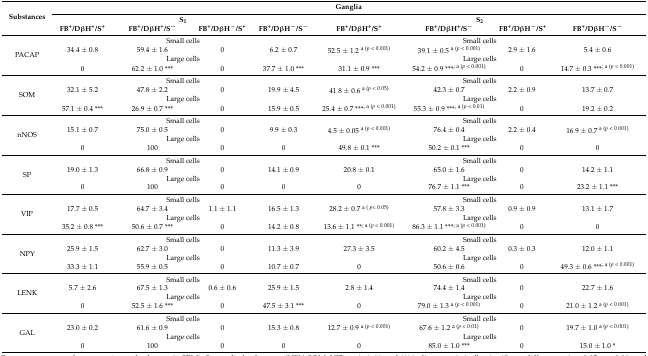
<table><thead><tr><td rowspan="3"><b>Substances</b></td><td colspan="8"><b>Ganglia</b></td></tr><tr><td colspan="4"><b>S<sub>1</sub></b></td><td colspan="4"><b>S<sub>2</sub></b></td></tr><tr><td><b>FB<sup>+</sup>/DβH<sup>+</sup>/S<sup>+</sup></b></td><td><b>FB<sup>+</sup>/DβH<sup>+</sup>/S<sup>−</sup></b></td><td><b>FB<sup>+</sup>/DβH<sup>−</sup>/S<sup>+</sup></b></td><td><b>FB<sup>+</sup>/DβH<sup>−</sup>/S<sup>−</sup></b></td><td><b>FB<sup>+</sup>/DβH<sup>+</sup>/S<sup>+</sup></b></td><td><b>FB<sup>+</sup>/DβH<sup>+</sup>/S<sup>−</sup></b></td><td><b>FB<sup>+</sup>/DβH<sup>−</sup>/S<sup>+</sup></b></td><td><b>FB<sup>+</sup>/DβH<sup>−</sup>/S<sup>−</sup></b></td></tr></thead><tbody><tr><td rowspan="4">PACAP</td><td colspan="4">Small cells</td><td colspan="4">Small cells</td></tr><tr><td>34.4 ± 0.8</td><td>59.4 ± 1.6</td><td>0</td><td>6.2 ± 0.7</td><td>52.5 ± 1.2 <sup>a (<i>p</i> &lt; 0.001)</sup></td><td>39.1 ± 0.5 <sup>a (<i>p</i> &lt; 0.001)</sup></td><td>2.9 ± 1.6</td><td>5.4 ± 0.6</td></tr><tr><td colspan="4">Large cells</td><td colspan="4">Large cells</td></tr><tr><td>0</td><td>62.2 ± 1.0 ***</td><td>0</td><td>37.7 ± 1.0 ***</td><td>31.1 ± 0.9 ***</td><td>54.2 ± 0.9 ***<sup>; a (<i>p</i> &lt; 0.001)</sup></td><td>0</td><td>14.7 ± 0.3 ***<sup>; a (<i>p</i> &lt; 0.001)</sup></td></tr><tr><td rowspan="4">SOM</td><td colspan="4">Small cells</td><td colspan="4">Small cells</td></tr><tr><td>32.1 ± 5.2</td><td>47.8 ± 2.2</td><td>0</td><td>19.9 ± 4.5</td><td>41.8 ± 0.6 <sup>a (<i>p</i> &lt; 0.05)</sup></td><td>42.3 ± 0.7</td><td>2.2 ± 0.9</td><td>13.7 ± 0.7</td></tr><tr><td colspan="4">Large cells</td><td colspan="4">Large cells</td></tr><tr><td>57.1 ± 0.4 ***</td><td>26.9 ± 0.7 ***</td><td>0</td><td>15.9 ± 0.5</td><td>25.4 ± 0.7 ***<sup>; a (<i>p</i> &lt; 0.001)</sup></td><td>55.3 ± 0.9 ***<sup>; a (<i>p</i> &lt; 0.01)</sup></td><td>0</td><td>19.2 ± 0.2</td></tr><tr><td rowspan="4">nNOS</td><td colspan="4">Small cells</td><td colspan="4">Small cells</td></tr><tr><td>15.1 ± 0.7</td><td>75.0 ± 0.5</td><td>0</td><td>9.9 ± 0.3</td><td>4.5 ± 0.05 <sup>a (<i>p</i> &lt; 0.001)</sup></td><td>76.4 ± 0.4</td><td>2.2 ± 0.4</td><td>16.9 ± 0.7 <sup>a (<i>p</i> &lt; 0.001)</sup></td></tr><tr><td colspan="4">Large cells</td><td colspan="4">Large cells</td></tr><tr><td>0</td><td>100</td><td>0</td><td>0</td><td>49.8 ± 0.1 ***</td><td>50.2 ± 0.1 ***</td><td>0</td><td>0</td></tr><tr><td rowspan="4">SP</td><td colspan="4">Small cells</td><td colspan="4">Small cells</td></tr><tr><td>19.0 ± 1.3</td><td>66.8 ± 0.9</td><td>0</td><td>14.1 ± 0.9</td><td>20.8 ± 0.1</td><td>65.0 ± 1.6</td><td>0</td><td>14.2 ± 1.1</td></tr><tr><td colspan="4">Large cells</td><td colspan="4">Large cells</td></tr><tr><td>0</td><td>100</td><td>0</td><td>0</td><td>0</td><td>76.7 ± 1.1 ***</td><td>0</td><td>23.2 ± 1.1 ***</td></tr><tr><td rowspan="4">VIP</td><td colspan="4">Small cells</td><td colspan="4">Small cells</td></tr><tr><td>17.7 ± 0.5</td><td>64.7 ± 3.4</td><td>1.1 ± 1.1</td><td>16.5 ± 1.3</td><td>28.2 ± 0.7 <sup>a ( <i>p</i>&lt; 0.05)</sup></td><td>57.8 ± 3.3</td><td>0.9 ± 0.9</td><td>13.1 ± 1.7</td></tr><tr><td colspan="4">Large cells</td><td colspan="4">Large cells</td></tr><tr><td>35.2 ± 0.8 ***</td><td>50.6 ± 0.7 ***</td><td>0</td><td>14.2 ± 0.8</td><td>13.6 ± 1.1 **<sup>; a (<i>p</i> &lt; 0.001)</sup></td><td>86.3 ± 1.1 ***<sup>; a (<i>p</i> &lt; 0.001)</sup></td><td>0</td><td>0</td></tr><tr><td rowspan="4">NPY</td><td colspan="4">Small cells</td><td colspan="4">Small cells</td></tr><tr><td>25.9 ± 1.5</td><td>62.7 ± 3.0</td><td>0</td><td>11.3 ± 3.9</td><td>27.3 ± 3.5</td><td>60.2 ± 4.5</td><td>0.3 ± 0.3</td><td>12.0 ± 1.1</td></tr><tr><td colspan="4">Large cells</td><td colspan="4">Large cells</td></tr><tr><td>33.3 ± 1.1</td><td>55.9 ± 0.5</td><td>0</td><td>10.7 ± 0.7</td><td>0</td><td>50.6 ± 0.6</td><td>0</td><td>49.3 ± 0.6 ***<sup>; a (<i>p</i> &lt; 0.001)</sup></td></tr><tr><td rowspan="4">LENK</td><td colspan="4">Small cells</td><td colspan="4">Small cells</td></tr><tr><td>5.7 ± 2.6</td><td>67.5 ± 1.3</td><td>0.6 ± 0.6</td><td>25.9 ± 1.5</td><td>2.8 ± 1.4</td><td>74.4 ± 1.4</td><td>0</td><td>22.7 ± 1.6</td></tr><tr><td colspan="4">Large cells</td><td colspan="4">Large cells</td></tr><tr><td>0</td><td>52.5 ± 1.6 ***</td><td>0</td><td>47.5 ± 3.1 ***</td><td>0</td><td>79.0 ± 1.3 <sup>a (<i>p</i> &lt; 0.001)</sup></td><td>0</td><td>21.0 ± 1.2 <sup>a (<i>p</i> &lt; 0.001)</sup></td></tr><tr><td rowspan="4">GAL</td><td colspan="4">Small cells</td><td colspan="4">Small cells</td></tr><tr><td>23.0 ± 0.2</td><td>61.6 ± 0.9</td><td>0</td><td>15.3 ± 0.8</td><td>12.7 ± 0.9 <sup>a (<i>p</i> &lt; 0.001)</sup></td><td>67.6 ± 1.2 <sup>a (<i>p</i> &lt; 0.01)</sup></td><td>0</td><td>19.7 ± 1.0 <sup>a (<i>p</i> &lt; 0.001)</sup></td></tr><tr><td colspan="4">Large cells</td><td colspan="4">Large cells</td></tr><tr><td>0</td><td>100</td><td>0</td><td>0</td><td>0</td><td>85.0 ± 1.0 ***</td><td>0</td><td>15.0 ± 1.0 *</td></tr></tbody></table>